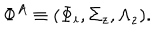
LaTeX: \Phi ^ { A } \equiv ( \Phi _ { i } , \Sigma _ { z } , \Lambda _ { z } ) .